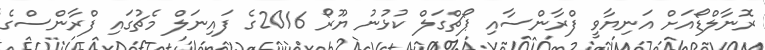
ރޮނާލްޑޯއަށް އަނިޔާވީ ފްރާންސާއި ޕޯޗްގަލް ކުޅުނު ޔޫރޯ 2016ގެ ފައިނަލް މެޗުގައި ފްރާންސްގެ